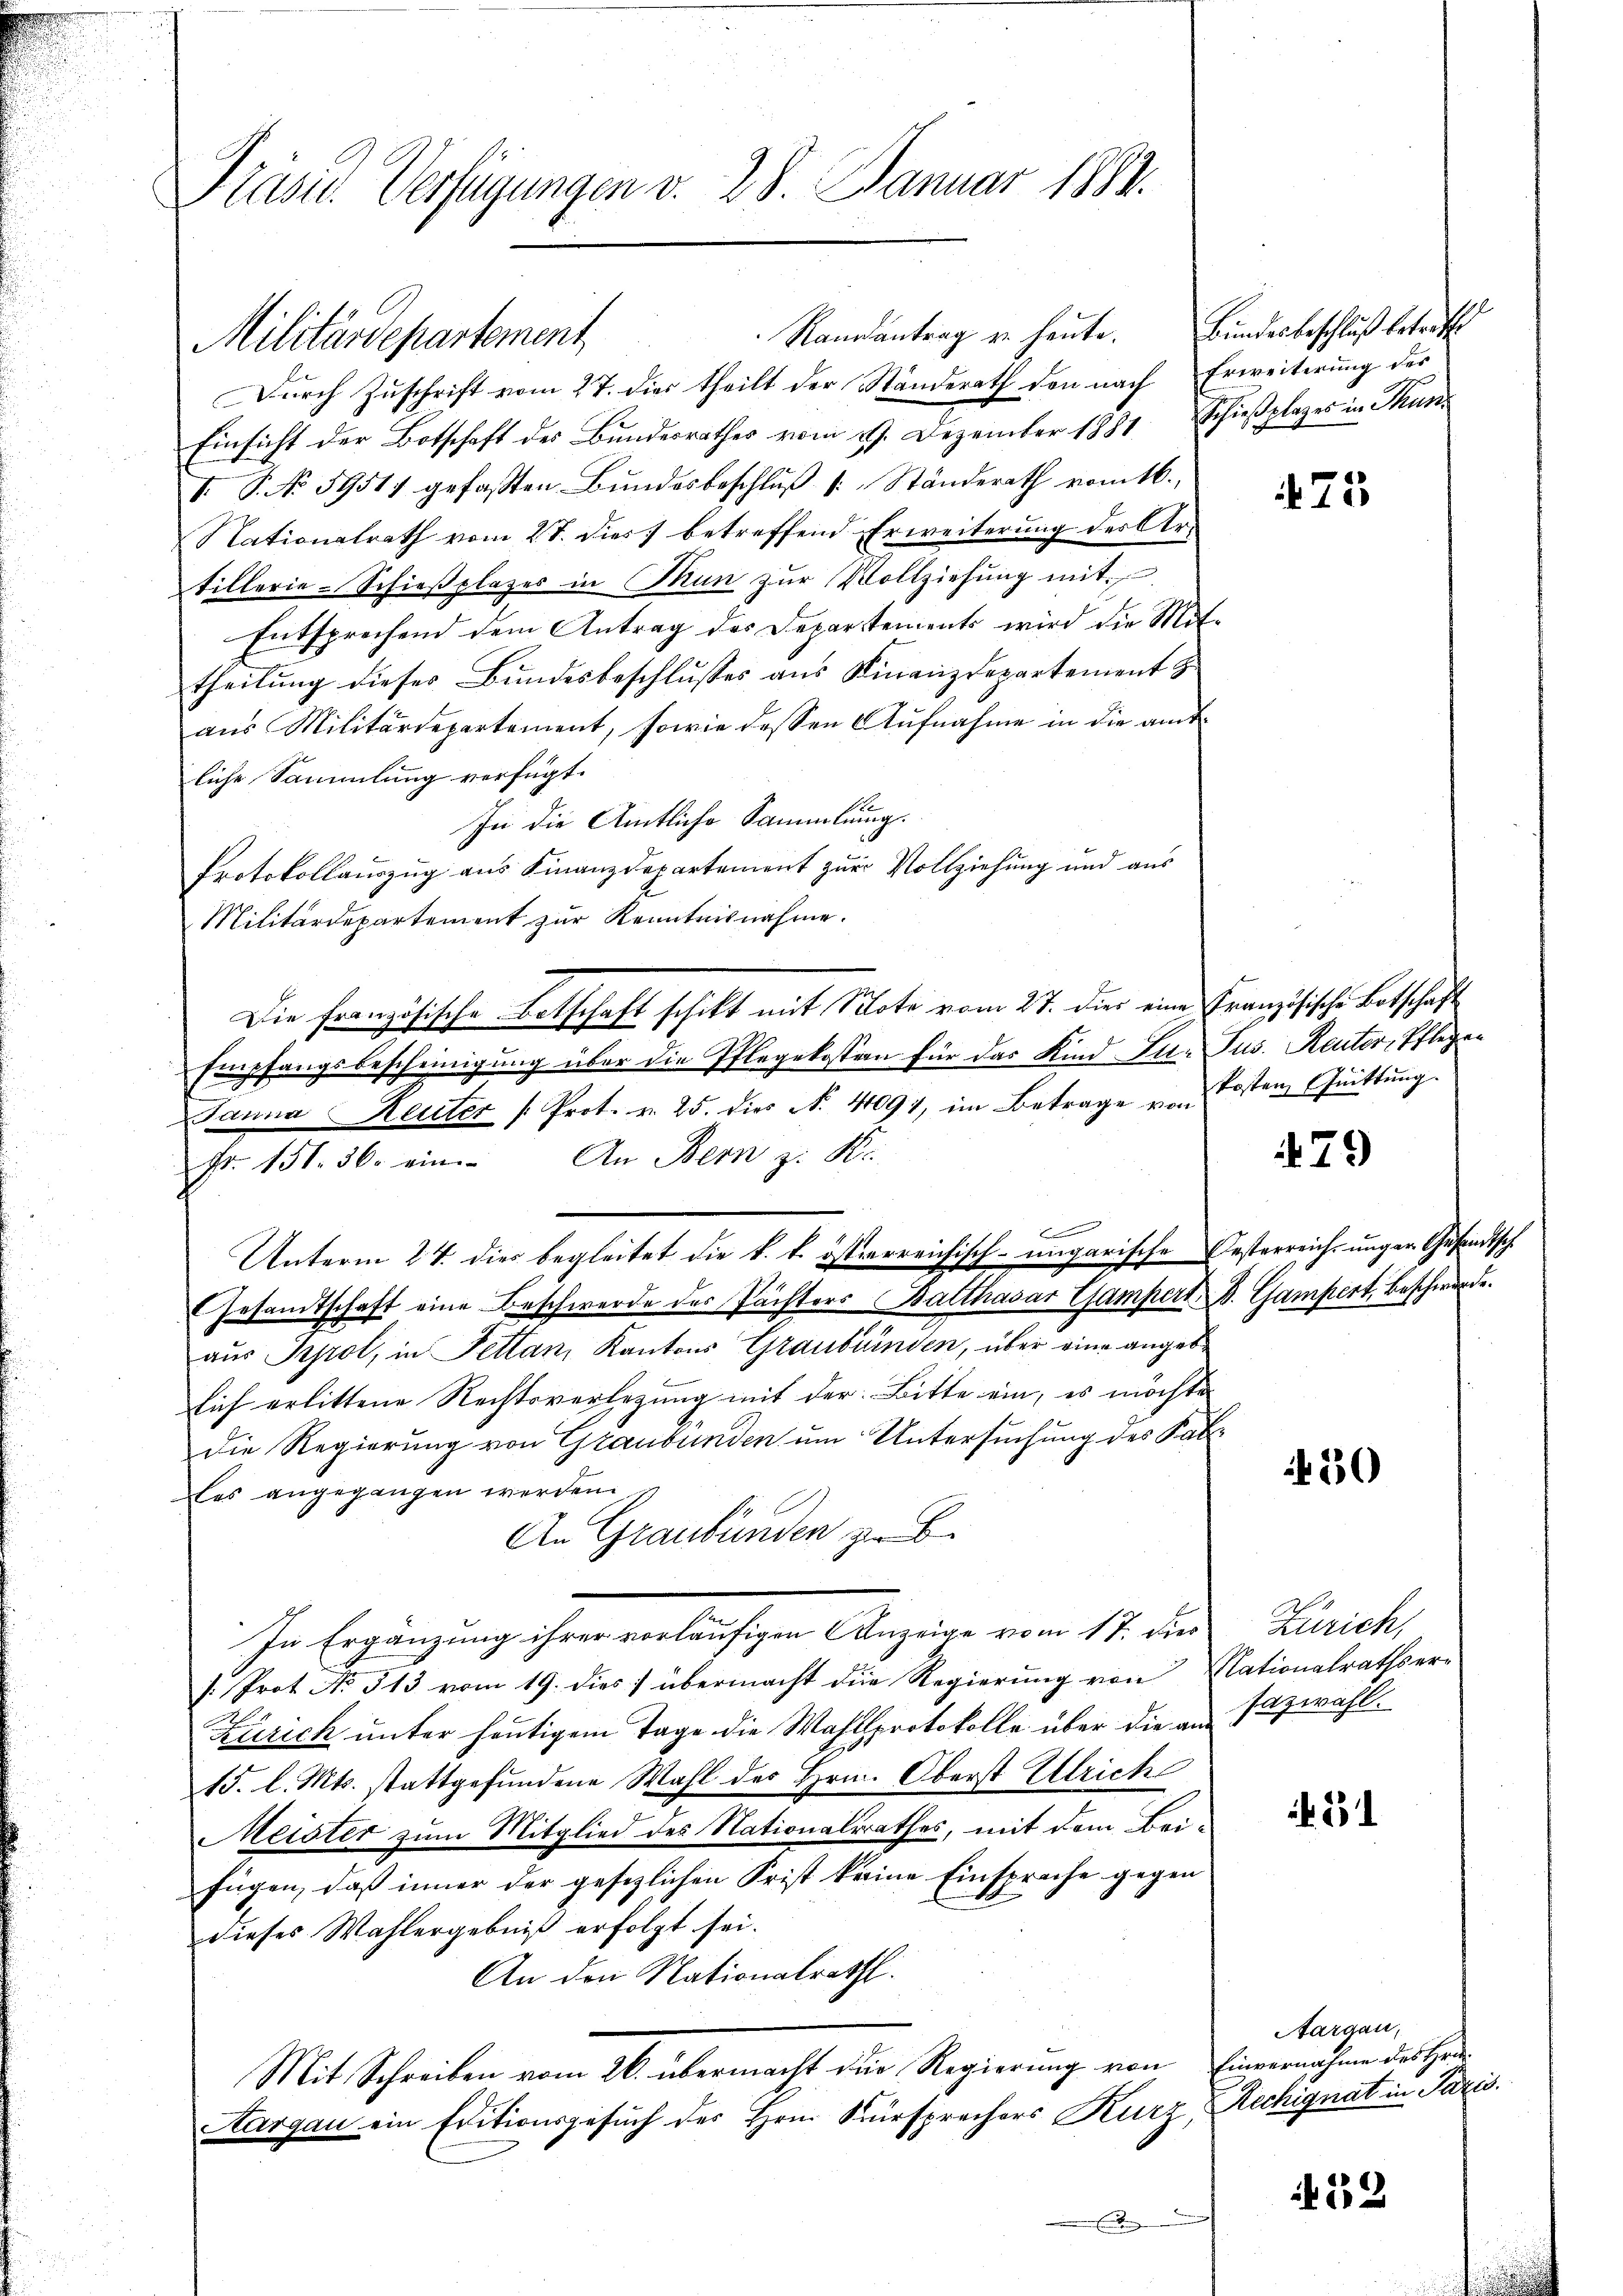
Präsid. Verfügungen v. 28. Januar 1884.

Randantrag zu heute. Bundesbeschluß betreffe
Durch Zuschrift vom 27. dies theilt der Ständerath den nach Erweiterung des
Einsicht der Botschaft des Bundesrathes vom 27. Dezember 1881 Schießplages in Thun¬
V. P. No 59517 gefassten Bŭndesbeschlŭβ (: Ständerath vom t6.,
Nationalrath vom 27. dies betreffend Erweiterung des Artillerie-Schieβplazes in Man zŭr Vollziehung mit
Entsprechend dem Antrag des Departements wird die Mit
theilung dieses Bundesbeschlusses aus Finanzdepartement z
aŭs Militärdepartement, sowie dessen Aŭfnahme in die amt-
liche Sammlung verfügt:
d
In die Amtliche Sammlung.
Protokollauszug aus Finanzdepartement zur Vollziehung und aus
Militärdepartement zur Kenntnisnahme.
Empfangsbescheinigung über die Pflegekosten für das Kind Ju- Jus. Rector, Pflegen
Janna Heuter /: Prot. v. 25. dies No. 4091, im Betrage von Kosten Gŭittŭng.
Fr. 151. 36. ein. An Bern z. B.
Unterm 27. dies begleitet die k. k. österreichisch-ungarische
Gesamtschaft eine Beschwerde des Pachters Balthasar Campert
aus Sprol, in Fettan, Kantons Graubünden, über eine angeb
sich erlittene Rechtsverlegung mit der Bitte ein, es möchte
die Regierung von Graubünden um Untersuchung des Pat
tes angegangen werden.
An Graubünden zu be
In Ergänzung ihrer vorläufigen Anzeige vom 17. die
s. Prot. No. 513 vom 19. dies übermacht die Regierung von Nationalrathser-
Zürich unter heutigem Tage die Wahlsprotokolle über die an sazwahl.
15. l. Mts. stattgefundene Wahl des Hrn. Oberst Ullrich
Meister zum Mitglied des Nationalrathes, mit dem Beifügen, daß inner der gesezlichen Frist keine Einsprache gegen
dieses Wahlergebniß erfolgt sei.
An den Nationalrath.
Mit Schreiben vom 26. übermacht die Regierung von Einvernahme des Her¬
Aargau ein Editionsgesuch des Hrn. Kursprechers Kurz,

Militärdepartement

Die Französische Botschaft schikt mit Note vom 27. dies eine Französische Botschaft

t

.

73

79

Oesterreich unger Gesandtsch
D. Gampert, Beschwerde.

30

Zürich,

51

Aargau,
Rechignat in Paris.

52